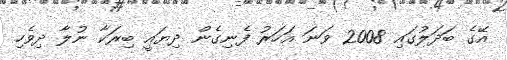
އޭގެ ބަދަލުގައި 2008 ވަނަ އަހަރު ފެނިގެން ދިޔައީ ބިރަކާ ނުލާ ދިވެހި